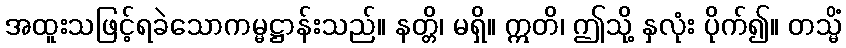
အထူးသဖြင့်ရခဲသောကမ္မဋ္ဌာန်းသည်။ နတ္တိ၊ မရှိ။ ဣတိ၊ ဤသို့ နှလုံး ပိုက်၍။ တသ္မိံ